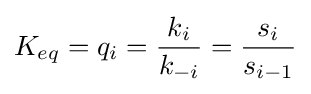
K_{eq}=q_{i}={\frac {k_{i}}{k_{-i}}}={\frac {s_{i}}{s_{i-1}}}